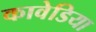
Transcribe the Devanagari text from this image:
कावेडिया